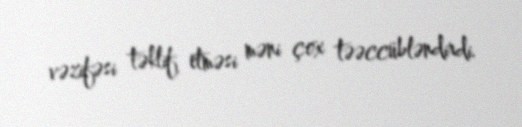
vəzifəsi təklif etməsi məni çox təəccübləndirdi.